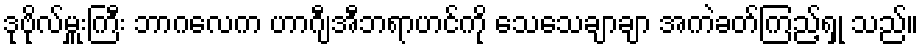
ဒုဗိုလ်မှူးကြီး ဘာဂလေက ဟာဂျီအီဘရာဟင်ကို သေသေချာချာ အကဲခတ်ကြည့်ရှု သည်။